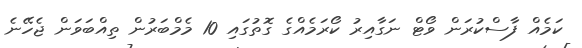
ކަމެއް ފާސްކުރަން ވޯޓް ނަގާއިރު ކޯރަމެއްގެ ގޮތުގައި 10 މެމްބަރުން ތިއްބަވަން ޖެހޭނެ